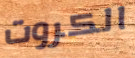
الكروت